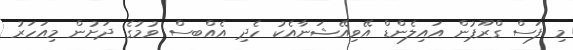
މި ފަސް ގްރޫޕުން އައިލެންޑް އޭވިއޭޝަނާއެކު ހެދި އެއްބސް ވުމުގެ ދަށުން މިއަހަރު